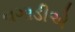
વગાડીએ